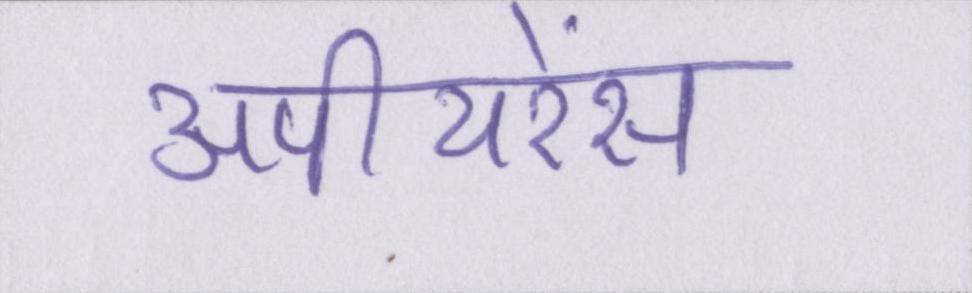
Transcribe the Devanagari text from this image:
अपीयरेंस